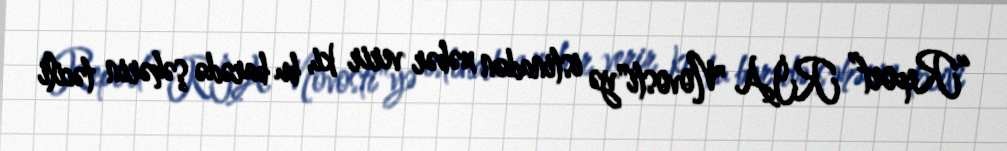
“Report” RİA "Novosti"yə istinadən xəbər verir ki, bu barədə şəhərin təcili